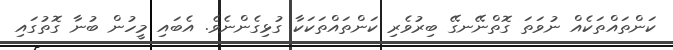
ކަންތައްތަކެއް ނުވަތަ ގޮތްނޭނގޭ ބިރުވެރި ކަންތައްތަކަކާ ގުޅިގެންނެވެ. އެބައި މީހުން ބުނާ ގޮތުގައި